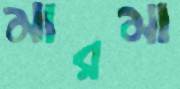
মারমা